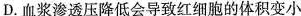
D.血浆渗透压降低会导致红细胞的体积变小